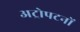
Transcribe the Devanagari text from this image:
अट्रोपटनों